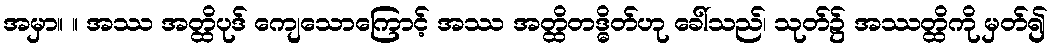
အမှာ။ ။ အဿ အတ္ထိပုဒ် ကျေသောကြောင့် အဿ အတ္ထိတဒ္ဓိတ်ဟု ခေါ်သည်၊ သုတ်၌ အဿတ္ထိကို မှတ်၍